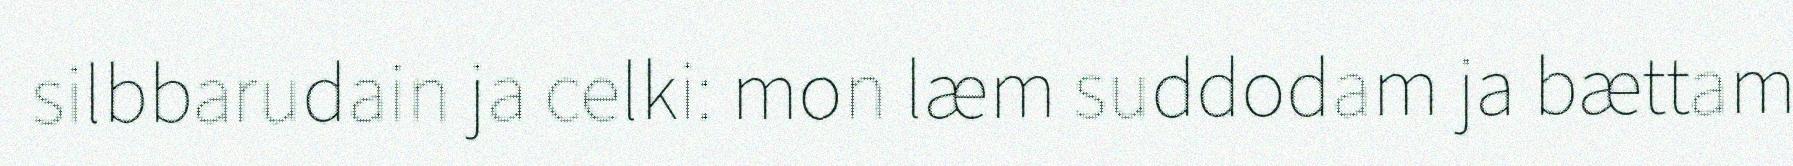
silbbarudain ja celki: mon læm suddodam ja bættam